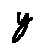
y